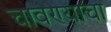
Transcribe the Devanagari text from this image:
चावण्याचा